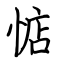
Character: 惦